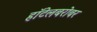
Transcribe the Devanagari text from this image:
हॉटेलबरोबर